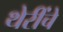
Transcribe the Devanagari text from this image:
थेरींचे